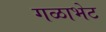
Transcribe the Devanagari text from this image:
गळाभेट